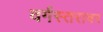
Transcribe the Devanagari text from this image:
वर्गस्तरावर